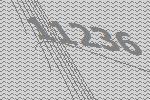
11236